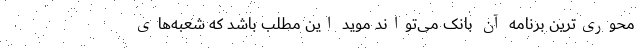
محوری‌ترین برنامه آن بانک می‌تواند موید این مطلب باشد که شعبه‌های